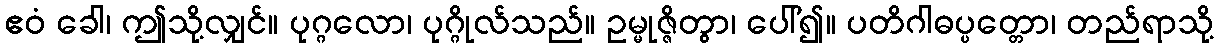
ဧဝံ ခေါ၊ ဤသို့လျှင်။ ပုဂ္ဂလော၊ ပုဂ္ဂိုလ်သည်။ ဥမ္မုဇ္ဇိတွာ၊ ပေါ်၍။ ပတိဂါဓပ္ပတ္တော၊ တည်ရာသို့